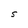
Character: S